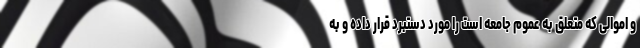
و اموالی که متعلق به عموم جامعه است را مورد دستبرد قرار داده و به